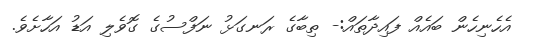
އެހެނިހެން ބައެއް ފައިދާތައް:- ތިބާގެ ރަނގަޅު ނަފްސުގެ ގޮވެލި އަޑު އަހާށެވެ.